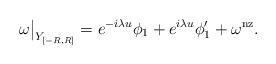
LaTeX: \begin{align*}\omega\big|_{Y_{[-R,R]}} =e^{-i\lambda u}\phi_1 + e^{i\lambda u}\phi'_1 + \omega^\mathrm{nz}.\end{align*}